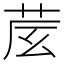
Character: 𦮈